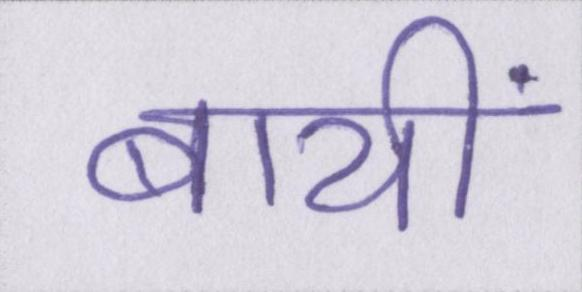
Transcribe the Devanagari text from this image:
बायीं